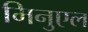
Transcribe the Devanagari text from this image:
मिनुएल